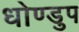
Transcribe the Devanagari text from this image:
धोण्डुप